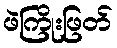
ဖဲကြိုးဖြတ်